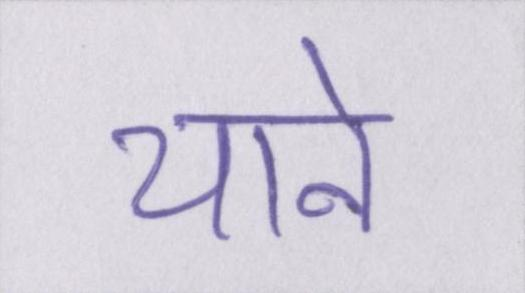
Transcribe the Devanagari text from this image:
याने